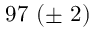
9 7 \ ( \pm \ 2 )